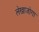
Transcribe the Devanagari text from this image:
लेखाजोगा